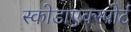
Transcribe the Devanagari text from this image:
स्कोडाएक्स्पोर्ट